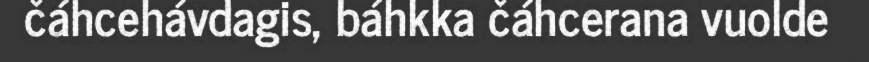
čáhcehávdagis, báhkka čáhcerana vuolde